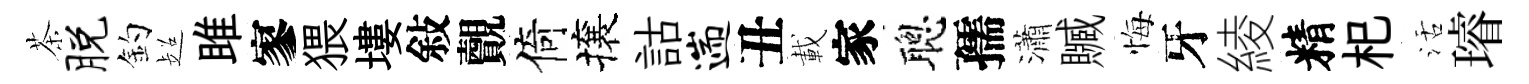
茶脱釣超雎寥猥塿敍覿倚攘詁遄丑載家聰孺瀟贓悔牙綾精𣏌活璿